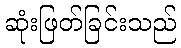
ဆုံးဖြတ်ခြင်းသည်